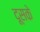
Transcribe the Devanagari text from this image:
दूसके